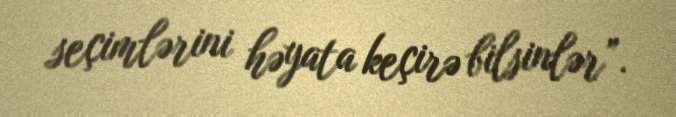
seçimlərini həyata keçirə bilsinlər”.